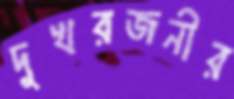
দুখরজনীর